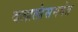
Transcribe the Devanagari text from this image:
दलालांसमवेत